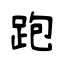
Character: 跑